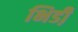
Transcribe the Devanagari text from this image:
भिडी़